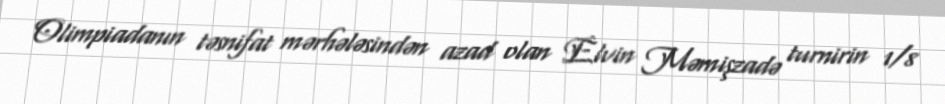
Olimpiadanın təsnifat mərhələsindən azad olan Elvin Məmişzadə turnirin 1/8